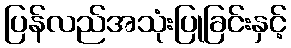
ပြန်လည်အသုံးပြုခြင်းနှင့်